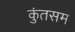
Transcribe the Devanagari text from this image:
कुंतसम